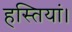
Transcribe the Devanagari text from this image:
हस्तियां।